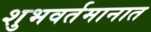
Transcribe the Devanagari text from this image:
शुभवर्तमानात